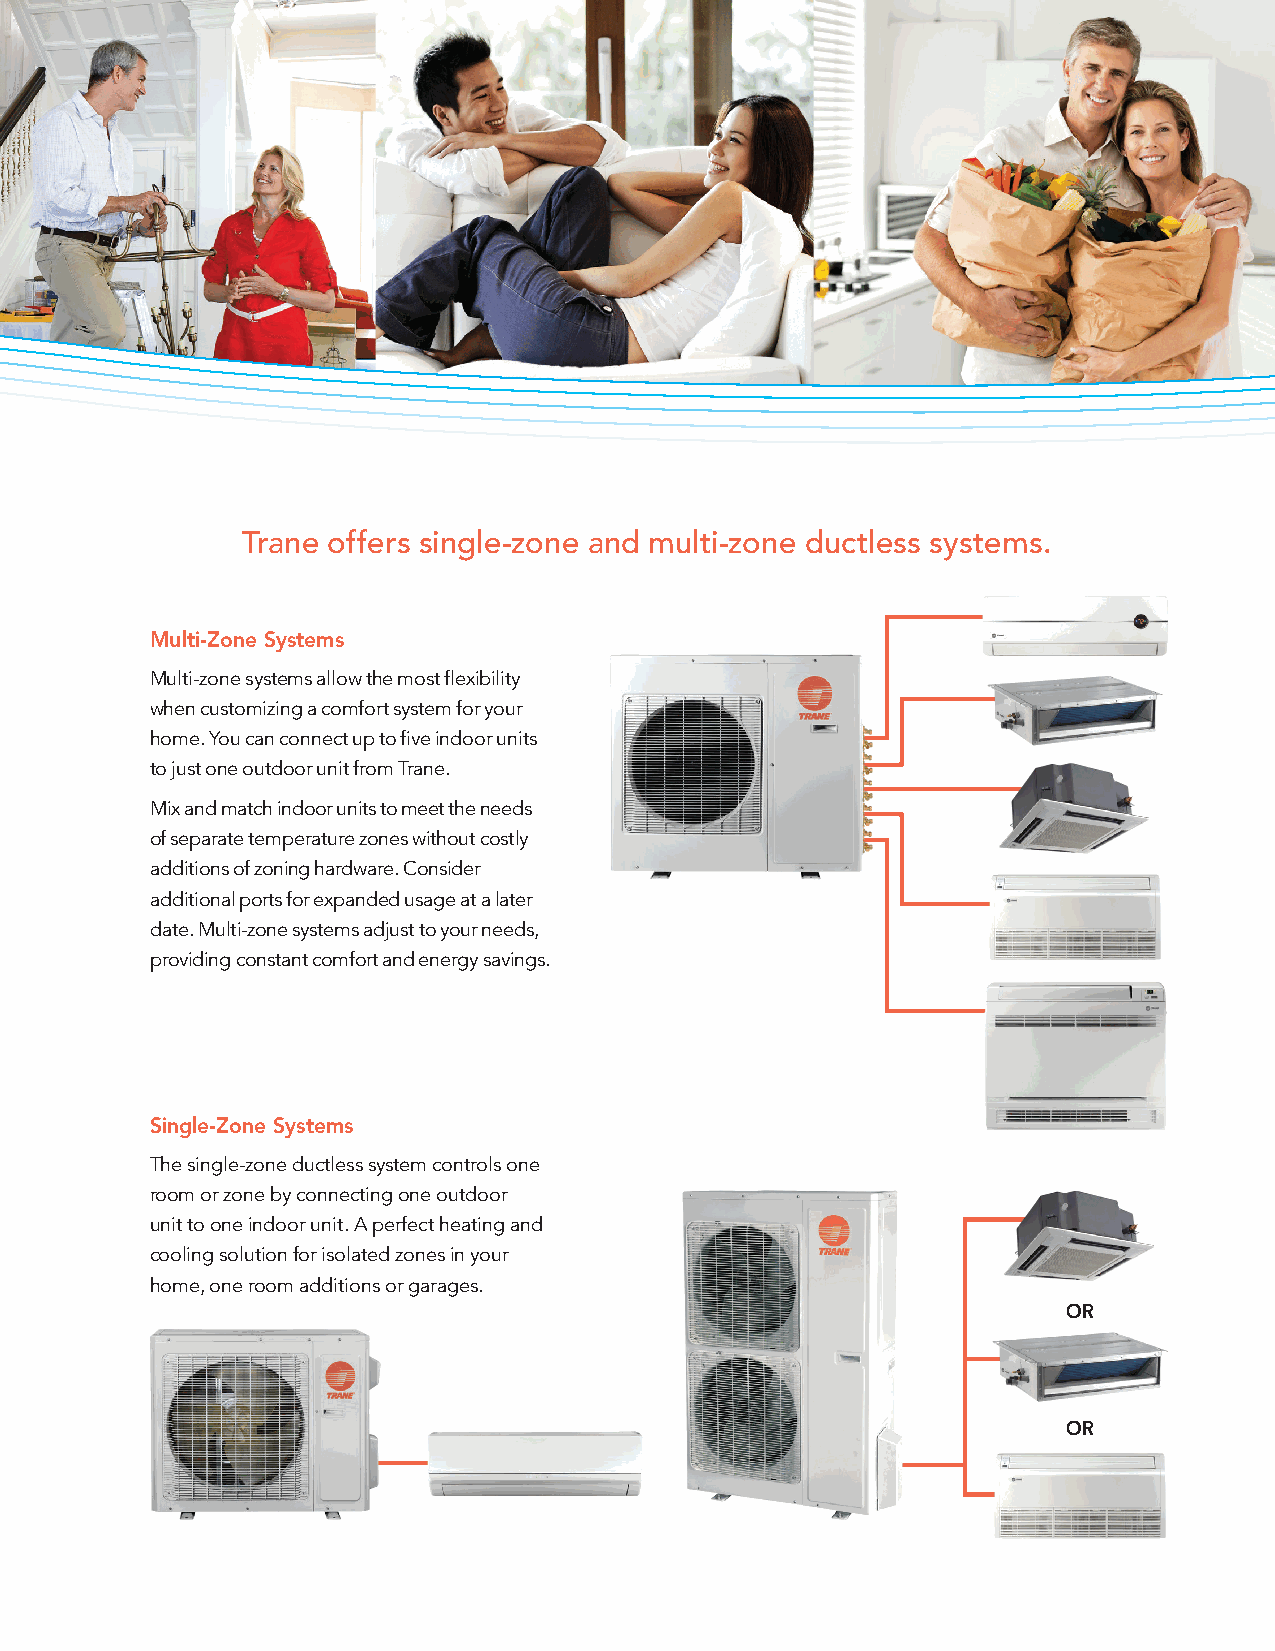
Trane offers single-zone and multi-zone ductless systems.
 Multi-Zone Systems
 Multi-zone systems allow the most flexibility
 when customizing a comfort system for your
 home. You can connect up to five indoor units
 to just one outdoor unit from Trane.
 Mix and match indoor units to meet the needs
 of separate temperature zones without costly
 additions of zoning hardware. Consider
 additional ports for expanded usage at a later
 date. Multi-zone systems adjust to your needs,
 providing constant comfort and energy savings.
 Single-Zone Systems
 The single-zone ductless system controls one
 room or zone by connecting one outdoor
 unit to one indoor unit. A perfect heating and
 cooling solution for isolated zones in your
 home, one room additions or garages.
 OR
 OR